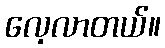
လေ့လာတယ်။